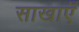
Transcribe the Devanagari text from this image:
साखाएँ